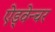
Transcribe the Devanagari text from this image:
ऐड्वेन्चर